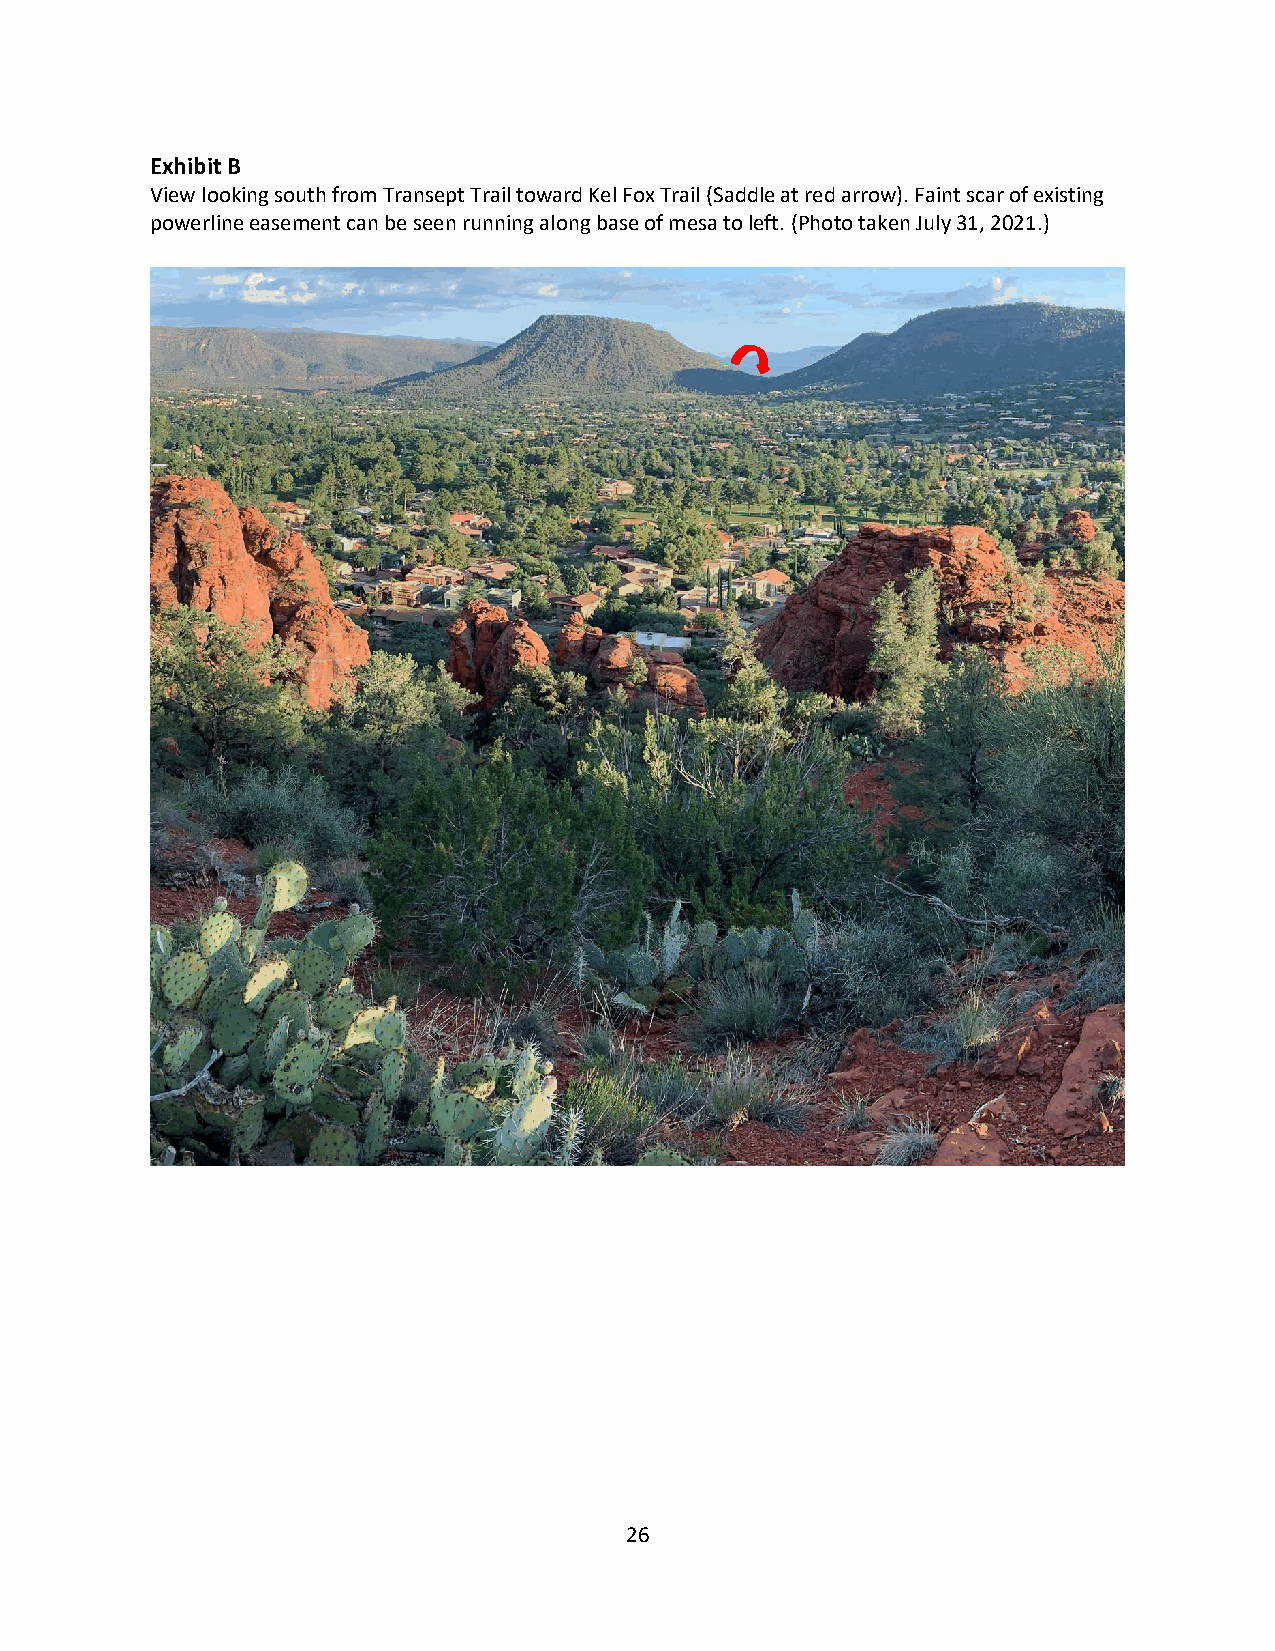
Exhibit B
 View looking south from Transept Trail toward Kel Fox Trail (Saddle at red arrow). Faint scar of existing
 powerline easement can be seen running along base of mesa to left. (Photo taken July 31, 2021.)
 26